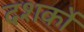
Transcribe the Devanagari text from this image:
दशर्कों